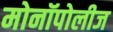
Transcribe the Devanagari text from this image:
मोनॉपोलीज